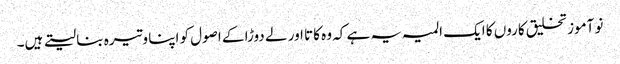
نو آموز تخلیق کاروں کا ایک المیہ یہ ہے کہ وہ کاتا اور لے دوڑا کے اصول کو اپنا وتیرہ بنا لیتے ہیں۔